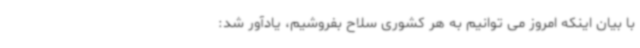
با بیان اینکه امروز می توانیم به هر کشوری سلاح بفروشیم، یادآور شد: